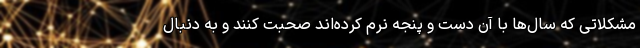
مشکلاتی که سال‌ها با آن دست و پنجه نرم کرده‌اند صحبت کنند و به دنبال